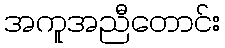
အကူအညီတောင်း